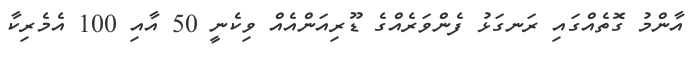
އާންމު ގޮތެއްގައި ރަނގަޅު ފެންވަރެއްގެ ޑޫރިއަންއެއް ވިކެނީ 50 އާއި 100 އެމެރިކާ